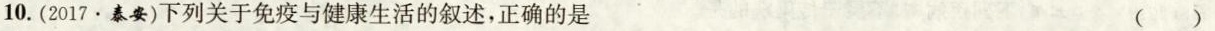
10.(2017·泰安)下列关于免疫与健康生活的叙述，正确的是 ( )